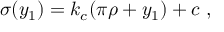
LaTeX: \sigma ( y _ { 1 } ) = k _ { c } ( \pi \rho + y _ { 1 } ) + c ~ , ~ \,